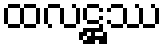
ထလဋ္ဌဿ